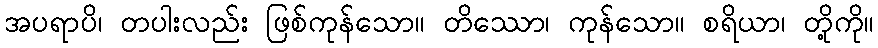
အပရာပိ၊ တပါးလည်း ဖြစ်ကုန်သော။ တိဿော၊ ကုန်သော။ စရိယာ၊ တို့ကို။